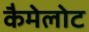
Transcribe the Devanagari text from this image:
कैमेलोट